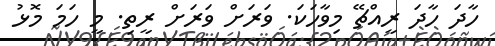
ހާދަ ހާދަ ރީއްޗޭ މިވާހަކަ. ވަރަށް ވަރަށް ރީތި. މީ ހަމަ މޮޅު